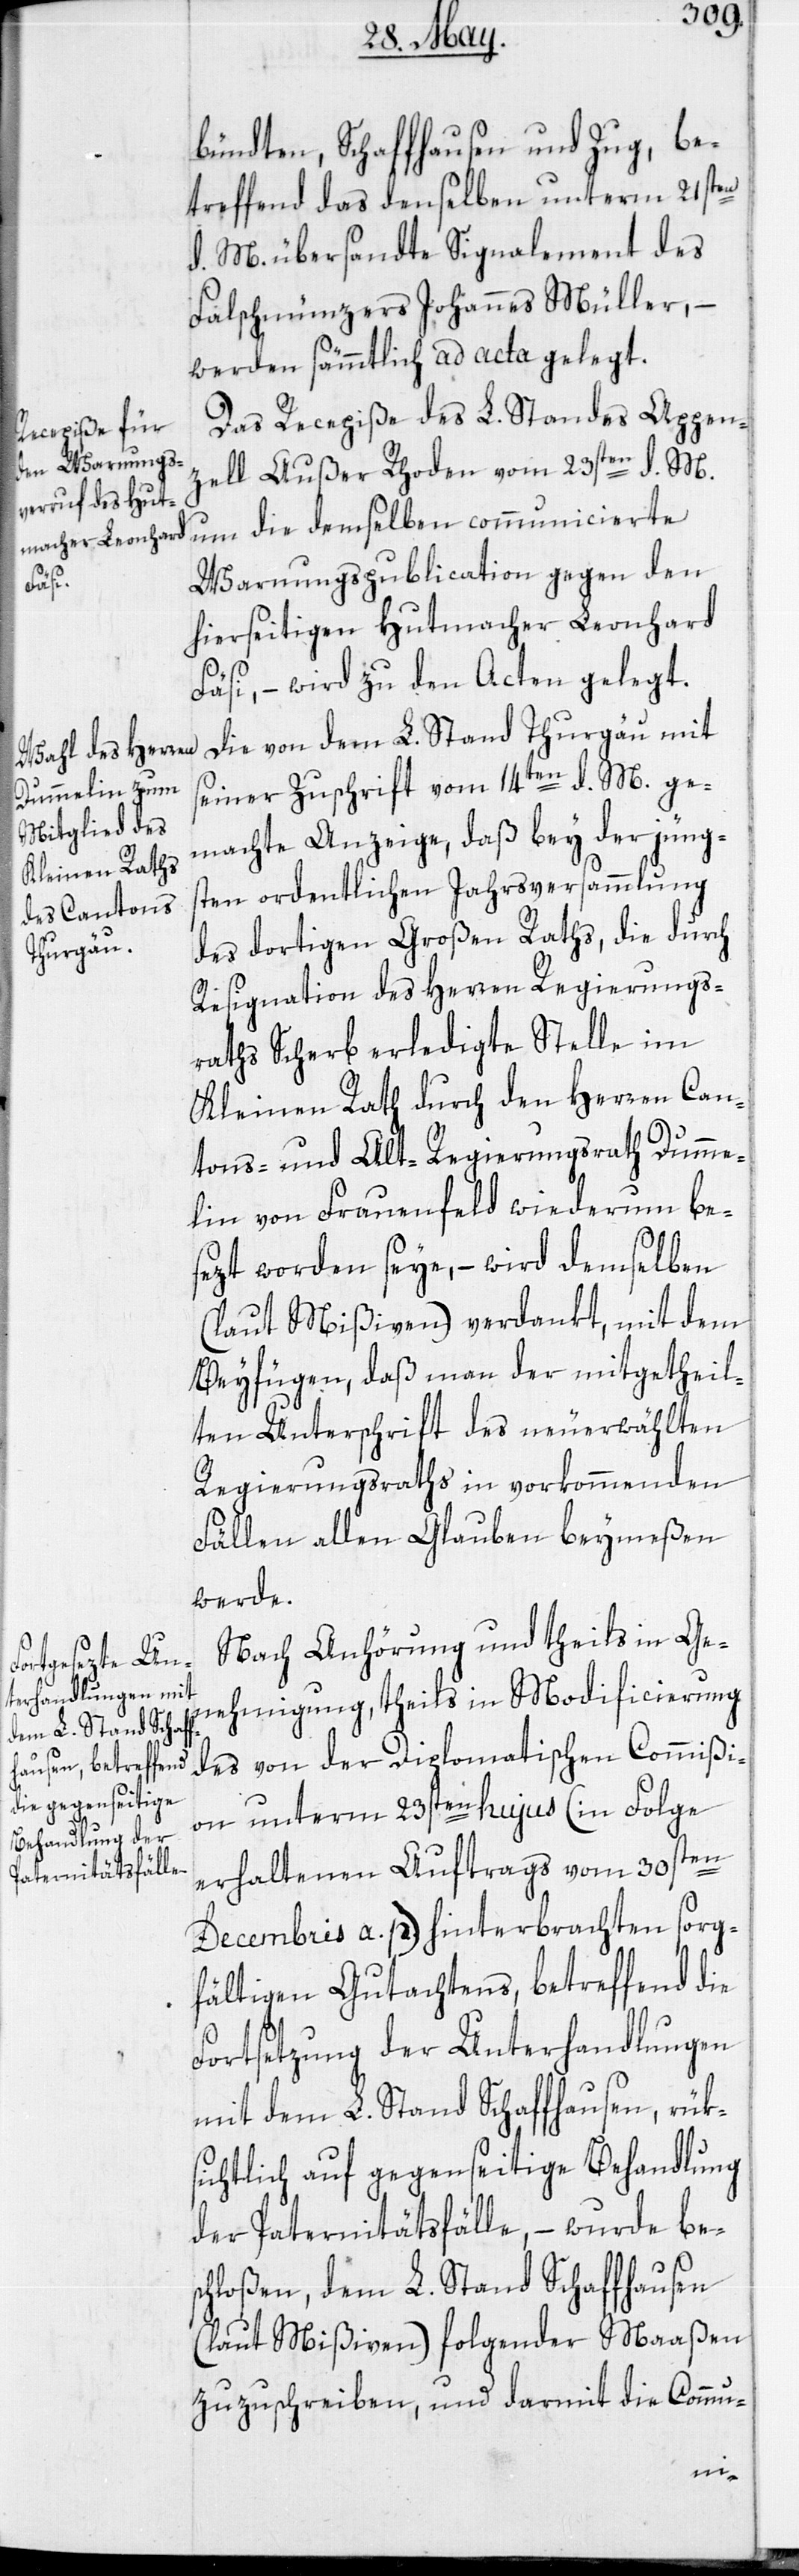
bündten, Schaffhausen und Zug, be¬
treffend das denselben unterm 21sten
d. M. übersandte Signalement des
Falschmünzers Johannes Müller, –
werden sämmtlich ad acta gelegt.
Das Recepiße des L. Standes Appen¬
zell Außer Rhoden vom 23sten d. M.
um die demselben communicierte
Warnungspublication gegen den
hierseitigen Hutmacher Leonhard
Fäsi, – wird zu den Acten gelegt.
Die von dem L. Stand Thurgau mit
seiner Zuschrift vom 14ten d. M. ge¬
machte Anzeige, daß bey der jüng¬
sten ordentlichen Jahrsversammlung
des dortigen Großen Raths, die durch
Resignation des Herren Regierungs¬
raths Scherb erledigte Stelle im
Kleinen Rath durch den Herren Can¬
tons- und Alt-Regierungsrath Dumme¬
lin von Frauenfeld wiederum be¬
sezt worden seye, – wird demselben
(laut Mißiven) verdankt, mit dem
Beyfügen, daß man der mitgetheil¬
ten Unterschrift des neuerwählten
Regierungsraths in vorkommenden
Fällen allen Glauben beymeßen
werde.
Nach Anhörung und theils in Ge¬
nehmigung, theils in Modificierung
des von der Diplomatischen Commißi¬
on unterm 23sten hujus (in Folge
erhaltenen Auftrags vom 30sten
Decembris a. p.) hinterbrachten sorg¬
fältigen Gutachtens, betreffend die
Fortsetzung der Unterhandlungen
mit dem L. Stand Schaffhausen, rük¬
sichtlich auf gegenseitige Behandlung
der Paternitätsfälle, – wurde bes¬
chloßen, dem L. Stand Schaffhausen
(laut Mißiven) folgender Maaßen
zuzuschreiben, und darmit die Commu-